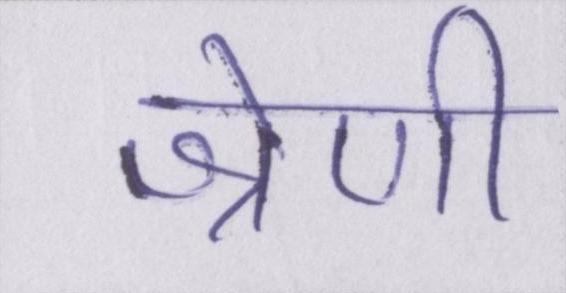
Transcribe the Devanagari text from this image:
श्रेणी